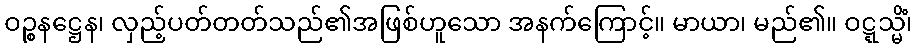
ဝဉ္စနဋ္ဌေန၊ လှည့်ပတ်တတ်သည်၏အဖြစ်ဟူသော အနက်ကြောင့်။ မာယာ၊ မည်၏။ ဝဋ္ဋသ္မိံ၊